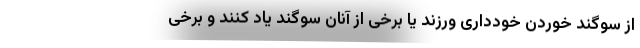
از سوگند خوردن خودداری ورزند یا برخی از آنان سوگند یاد کنند و برخی